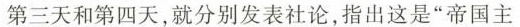
第三天和第四天，就分别发表社论，指出这是”帝国主